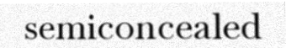
semiconcealed